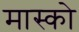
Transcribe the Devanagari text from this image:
मास्‍को